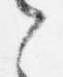
之